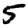
Digit: 5